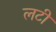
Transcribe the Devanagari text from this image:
लटी